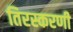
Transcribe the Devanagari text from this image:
तिरस्करणी